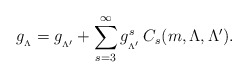
\begin{align*}g_{_{\Lambda}}=g_{_{\Lambda^{\prime}}}+\sum_{s=3}^{\infty}g_{_{\Lambda^{\prime}}}^{s}\hspace{.2cm}\hspace{-.12cm}C_{s}(m,\Lambda,\Lambda^{\prime}).\end{align*}